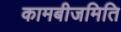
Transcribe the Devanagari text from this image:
कामबीजमिति